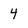
Character: 4